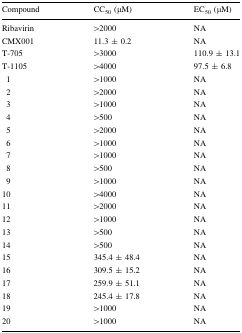
| Compound | CC50 (μM) | EC50 (μM) |
 | --- | --- | --- |
 | Ribavirin | >2000 | NA |
 | CMX001 | 11.3 ± 0.2 | NA |
 | T-705 | >3000 | 110.9 ± 13.1 |
 | T-1105 | >4000 | 97.5 ± 6.8 |
 | 1 | >1000 | NA |
 | 2 | >2000 | NA |
 | 3 | >1000 | NA |
 | 4 | >500 | NA |
 | 5 | >2000 | NA |
 | 6 | >1000 | NA |
 | 7 | >1000 | NA |
 | 8 | >500 | NA |
 | 9 | >1000 | NA |
 | 10 | >4000 | NA |
 | 11 | >2000 | NA |
 | 12 | >1000 | NA |
 | 13 | >500 | NA |
 | 14 | >500 | NA |
 | 15 | 345.4 ± 48.4 | NA |
 | 16 | 309.5 ± 15.2 | NA |
 | 17 | 259.9 ± 51.1 | NA |
 | 18 | 245.4 ± 17.8 | NA |
 | 19 | >1000 | NA |
 | 20 | >1000 | NA |